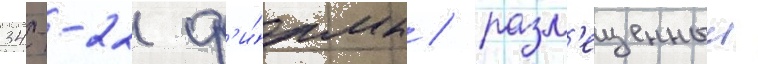
34--22 ф'и́рмы / разм'ещенныи